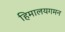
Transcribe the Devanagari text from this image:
हिमालयगमन